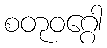
စတုဝဂ္ဂေါ